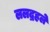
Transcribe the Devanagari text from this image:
ललद्रहले